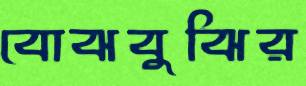
বোঝবুঝির